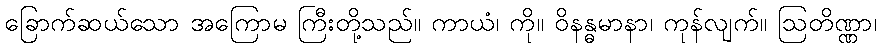
ခြောက်ဆယ်သော အကြောမ ကြီးတို့သည်။ ကာယံ၊ ကို။ ဝိနန္ဓမာနာ၊ ကုန်လျက်။ ဩတိဏ္ဏာ၊